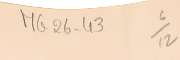
MG26-43   6/12